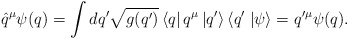
\begin{align*}\hat{q}^{\mu}\psi(q)=\int dq' \sqrt{g(q')}\left\langle q \right|q^{\mu}\left| q'\right\rangle \left\langle q' \right.\left|\psi \right\rangle=q'^{\mu}\psi(q).\end{align*}